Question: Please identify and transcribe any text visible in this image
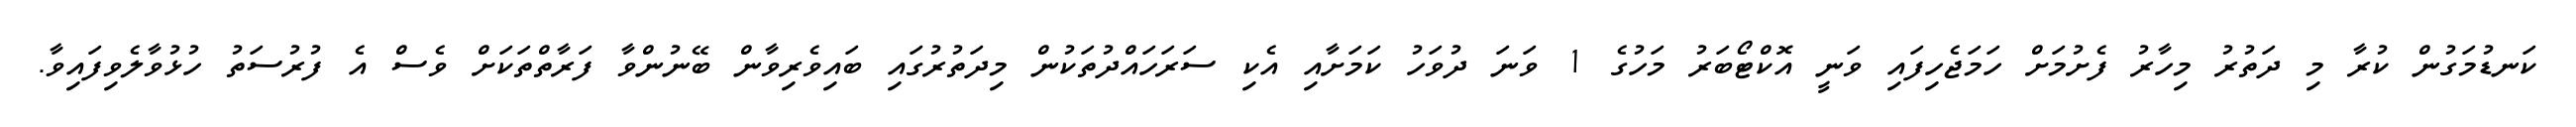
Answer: ކަނޑުމަގުން ކުރާ މި ދަތުރު މިހާރު ފެށުމަށް ހަމަޖެހިފައި ވަނީ އޮކްޓޯބަރު މަހުގެ 1 ވަނަ ދުވަހު ކަމަށާއި އެކި ސަރަހައްދުތަކުން މިދަތުރުގައި ބައިވެރިވާން ބޭނުންވާ ފަރާތްތަކަށް ވެސް އެ ފުރުސަތު ހުޅުވާލެވިފައިވާ.